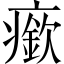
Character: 𤺰